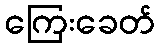
ကြေးခေတ်